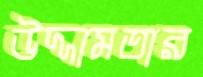
উদ্দামতার